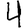
Digit: 4